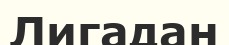
Лигадан